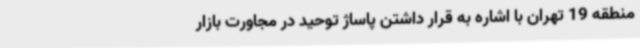
منطقه 19 تهران با اشاره به قرار داشتن پاساژ توحید در مجاورت بازار